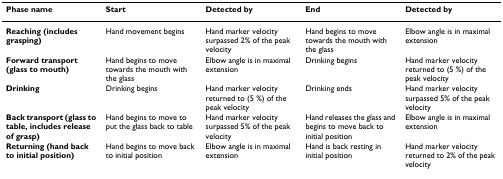
<table><thead><tr><td><b>Phase name</b></td><td><b>Start</b></td><td><b>Detected by</b></td><td><b>End</b></td><td><b>Detected by</b></td></tr></thead><tbody><tr><td><b>Reaching </b><b>(includes grasping)</b></td><td>Hand movement begins</td><td>Hand marker velocity surpassed 2% of the peak velocity</td><td>Hand begins to move towards the mouth with the glass</td><td>Elbow angle is in maximal extension</td></tr><tr><td><b>Forward transport (glass to mouth)</b></td><td>Hand begins to move towards the mouth with the glass</td><td>Elbow angle is in maximal extension</td><td>Drinking begins</td><td>Hand marker velocity returned to (5 %) of the peak velocity</td></tr><tr><td><b>Drinking</b></td><td>Drinking begins</td><td>Hand marker velocity returned to (5 %) of the peak velocity</td><td>Drinking ends</td><td>Hand marker velocity surpassed 5% of the peak velocity</td></tr><tr><td><b>Back transport (glass to table, includes release of grasp)</b></td><td>Hand begins to move to put the glass back to table</td><td>Hand marker velocity surpassed 5% of the peak velocity</td><td>Hand releases the glass and begins to move back to initial position</td><td>Elbow angle is in maximal extension</td></tr><tr><td><b>Returning </b><b>(hand back to initial position)</b></td><td>Hand begins to move back to initial position</td><td>Elbow angle is in maximal extension</td><td>Hand is back resting in initial position</td><td>Hand marker velocity returned to 2% of the peak velocity</td></tr></tbody></table>